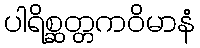
ပါရိစ္ဆတ္တကဝိမာနံ